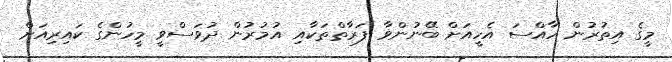
މީގެ އިތުރުން ހާއްސަ އެހީއަށް ބޭނުންވާ ފަރާތްތަކާއި އުމުރުން ދުވަސްވީ މީހުންގެ ކައިރިއަށް